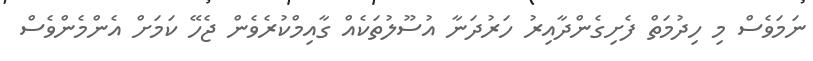
ނަމަވެސް މި ހިދުމަތް ފެށިގެންދާއިރު ހަރުދަނާ އުސޫލުތަކެއް ގާއިމްކުރެވެން ޖެހޭ ކަމަށް އެންމެންވެސް